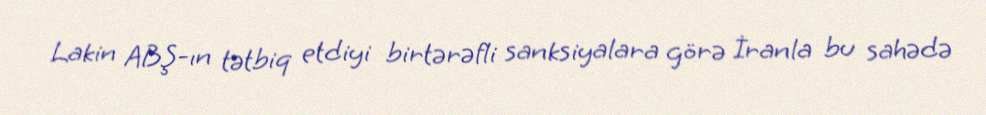
Lakin ABŞ-ın tətbiq etdiyi birtərəfli sanksiyalara görə İranla bu sahədə